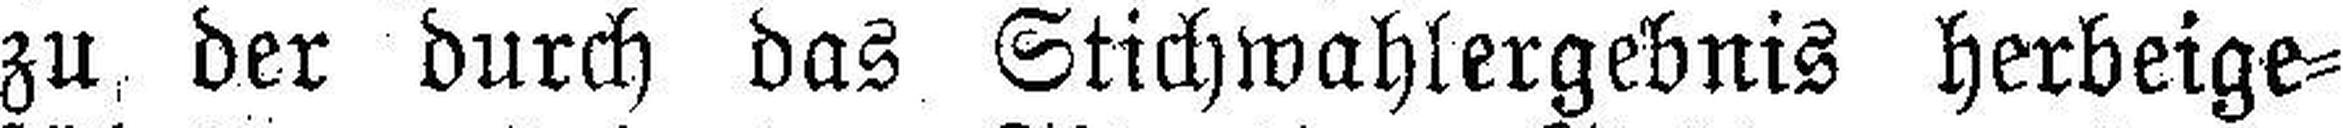
zu der durch das Stichwahlergebnis herbeige¬